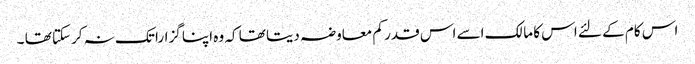
اس کام کے لئے اس کا مالک اسے اس قدر کم معاوضہ دیتا تھا کہ وہ اپنا گزارا تک نہ کرسکتا تھا ۔